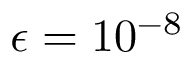
\epsilon = 1 0 ^ { - 8 }